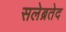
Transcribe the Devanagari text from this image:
सलेब्रतेद